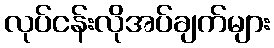
လုပ်ငန်းလိုအပ်ချက်များ